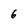
Character: 6